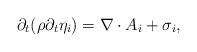
LaTeX: \begin{align*}\partial_t (\rho \partial_t \eta_i) = \nabla \cdot A_i + \sigma_i,\end{align*}